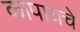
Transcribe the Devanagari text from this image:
कापायचे